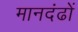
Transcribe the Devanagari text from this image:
मानदंढों